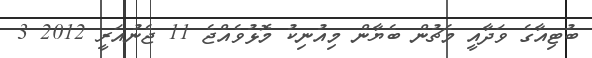
ބުޓިއާގެ ވަދާއީ މެޗުން ބެޔާން މިއުނިކު މޮޅުވެއްޖެ 11 ޖެނުއަރީ 2012 3